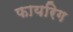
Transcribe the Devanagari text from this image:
फायरिग